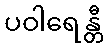
ပဝါရေန္တီ